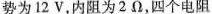
势为12V，内阻为2Ω，四个电阻